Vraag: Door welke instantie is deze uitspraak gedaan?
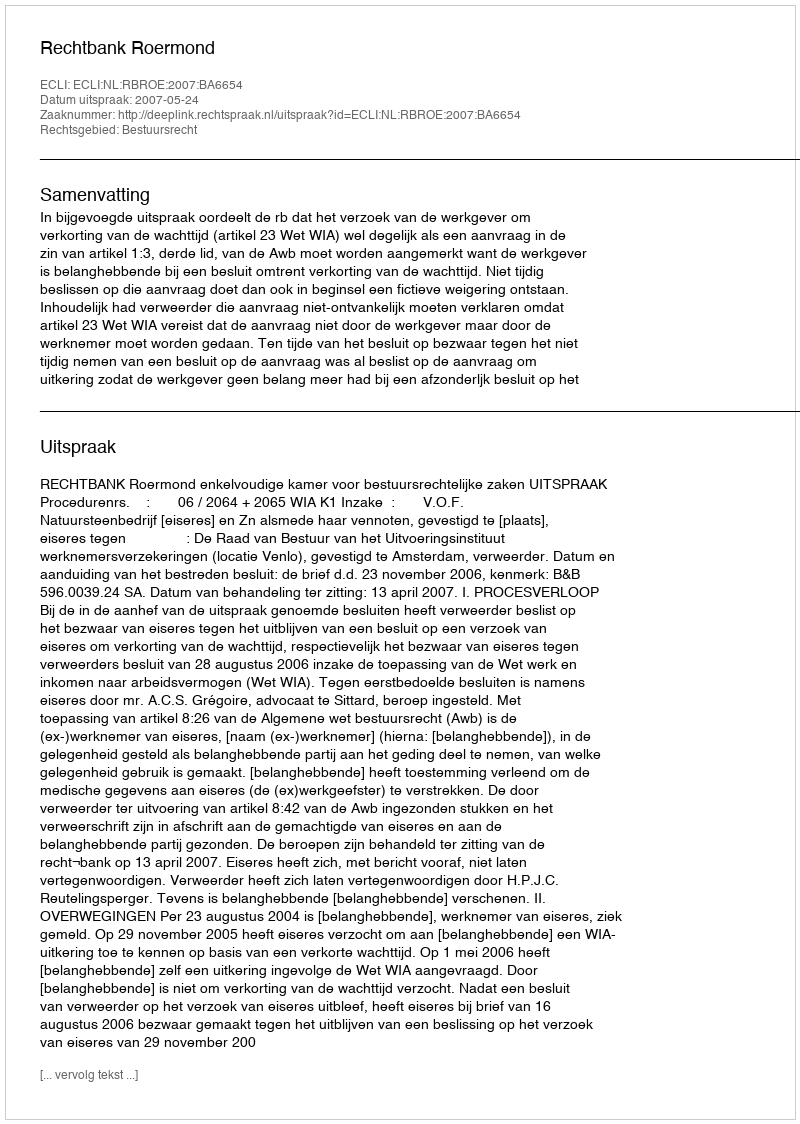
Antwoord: Rechtbank Roermond